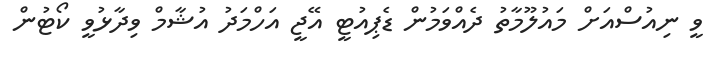
ވީ ނިއުސްއަށް މައުލޫމާތު ދެއްވަމުން ޑެޕިއުޓީ އޭޖީ އަހްމަދު އުޝާމް ވިދާޅުވީ ކޯޓުން